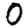
Digit: 0